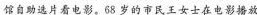
馆自助选片看电影。68岁的市民王女士在电影播放